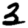
Digit: 2